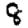
Digit: 8